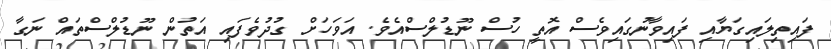
ފައިތިލައިގަޔާއި ފައިވާނުގައިވެސް އޮތީ ހުސް ނޫޑުލްސްއެވެ. އަވަހަށް ގުދުވެފައި އަތުން ނޫޑުލްސްތައް ނަގާ